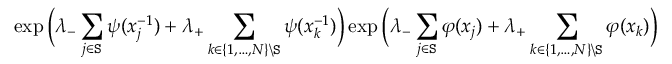
\exp \Big ( \lambda _ { - } \sum _ { j \in \mathtt { S } } \psi ( x _ { j } ^ { - 1 } ) + \lambda _ { + } \sum _ { k \in \{ 1 , \ldots , N \} \backslash \mathtt { S } } \psi ( x _ { k } ^ { - 1 } ) \Big ) \exp \Big ( \lambda _ { - } \sum _ { j \in \mathtt { S } } \varphi ( x _ { j } ) + \lambda _ { + } \sum _ { k \in \{ 1 , \ldots , N \} \backslash \mathtt { S } } \varphi ( x _ { k } ) \Big )